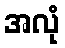
အလုံ